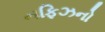
નફિઝનો